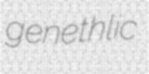
genethlic